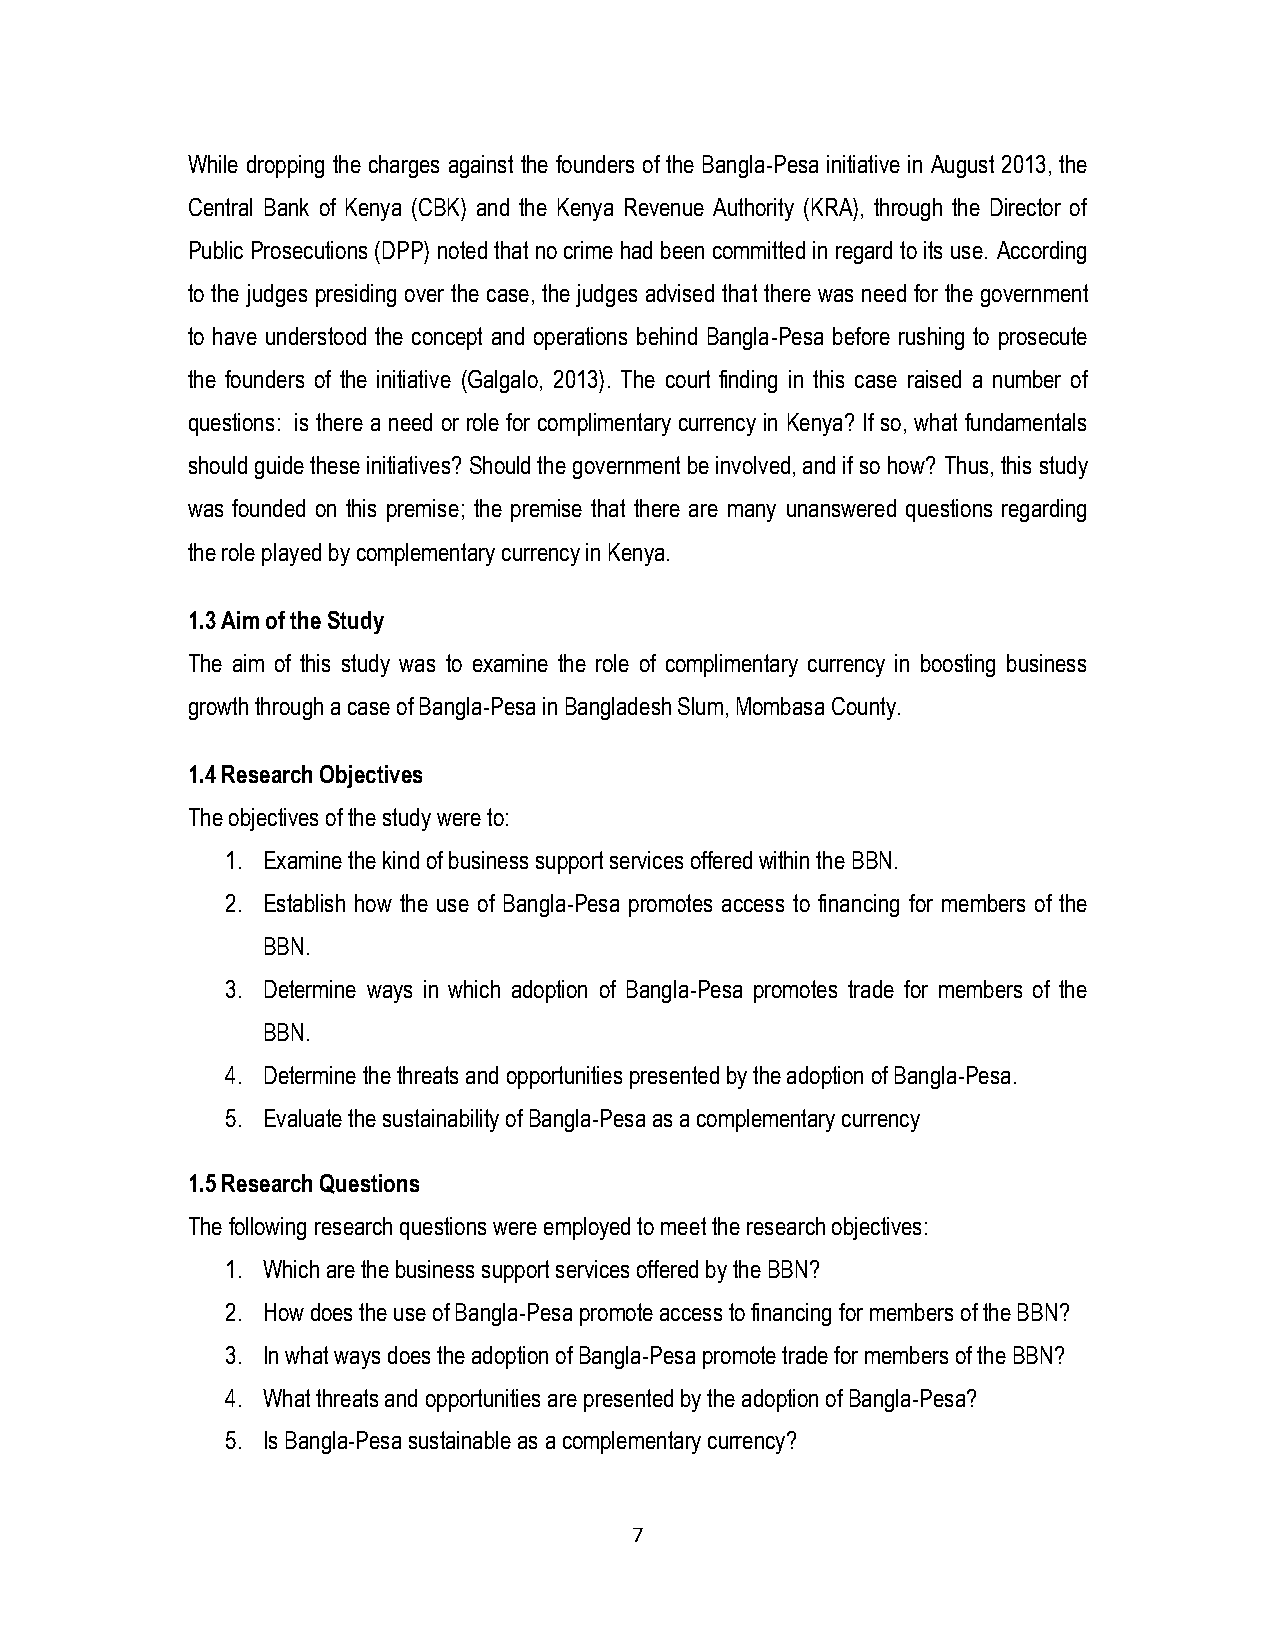
While dropping the charges against the founders of the Bangla-Pesa initiative in August 2013, the
 Central Bank of Kenya (CBK) and the Kenya Revenue Authority (KRA), through the Director of
 Public Prosecutions (DPP) noted that no crime had been committed in regard to its use. According
 to the judges presiding over the case, the judges advised that there was need for the government
 to have understood the concept and operations behind Bangla-Pesa before rushing to prosecute
 the founders of the initiative (Galgalo, 2013). The court finding in this case raised a number of
 questions: is there a need or role for complimentary currency in Kenya? If so, what fundamentals
 should guide these initiatives? Should the government be involved, and if so how? Thus, this study
 was founded on this premise; the premise that there are many unanswered questions regarding
 the role played by complementary currency in Kenya.
 1.3 Aim of the Study
 The aim of this study was to examine the role of complimentary currency in boosting business
 growth through a case of Bangla-Pesa in Bangladesh Slum, Mombasa County.
 1.4 Research Objectives
 The objectives of the study were to:
 1. Examine the kind of business support services offered within the BBN.
 2. Establish how the use of Bangla-Pesa promotes access to financing for members of the
 BBN.
 3. Determine ways in which adoption of Bangla-Pesa promotes trade for members of the
 BBN.
 4. Determine the threats and opportunities presented by the adoption of Bangla-Pesa.
 5. Evaluate the sustainability of Bangla-Pesa as a complementary currency
 1.5 Research Questions
 The following research questions were employed to meet the research objectives:
 1. Which are the business support services offered by the BBN?
 2. How does the use of Bangla-Pesa promote access to financing for members of the BBN?
 3. In what ways does the adoption of Bangla-Pesa promote trade for members of the BBN?
 4. What threats and opportunities are presented by the adoption of Bangla-Pesa?
 5. Is Bangla-Pesa sustainable as a complementary currency?
 7